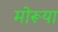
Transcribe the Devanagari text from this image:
मोरूया